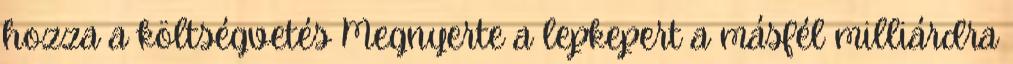
hozza a költségvetés Megnyerte a lepkepert a másfél milliárdra